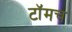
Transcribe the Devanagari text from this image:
टॉमच